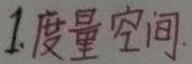
1. 度量空间